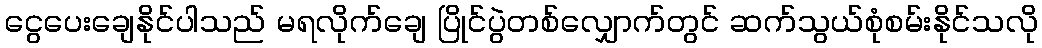
ငွေပေးချေနိုင်ပါသည် မရလိုက်ချေ ပြိုင်ပွဲတစ်လျှောက်တွင် ဆက်သွယ်စုံစမ်းနိုင်သလို